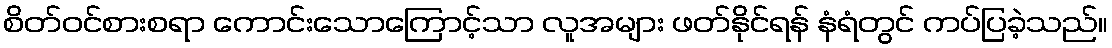
စိတ်ဝင်စားစရာ ကောင်းသောကြောင့်သာ လူအများ ဖတ်နိုင်ရန် နံရံတွင် ကပ်ပြခဲ့သည်။